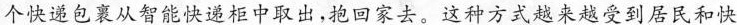
个快递包裹从智能快递柜中取出，抱回家去。这种方式越来越受到居民和快